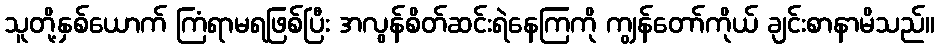
သူတို့နှစ်ယောက် ကြံရာမရဖြစ်ပြီး အလွန်စိတ်ဆင်းရဲနေကြကို ကျွန်တော်ကိုယ် ချင်းစာနာမိသည်။